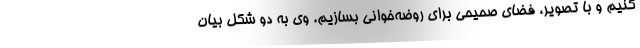
کنیم و با تصویر، فضای صحیحی برای روضه‌خوانی بسازیم. وی به دو شکل بیان